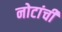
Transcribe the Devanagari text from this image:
नोटांची